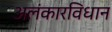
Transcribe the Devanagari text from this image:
अलंकारविधान